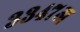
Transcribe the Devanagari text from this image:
३३४७अ